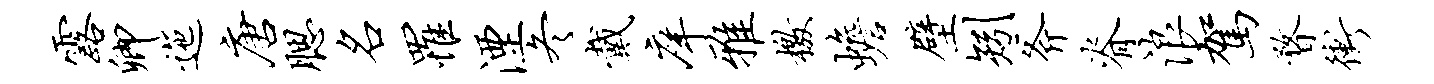
露卿迤唐腮名罹湮冬戴庠雅檄蟾壁矧斧脊浪驾瞀冲